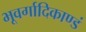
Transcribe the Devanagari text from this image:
भूवर्गादिकाण्डं